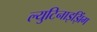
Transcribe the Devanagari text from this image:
ल्युटिनाइझिंग